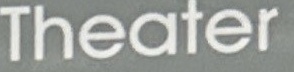
Theater